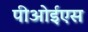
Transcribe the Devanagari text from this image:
पीओईएस